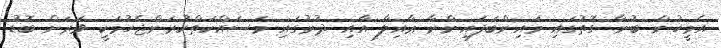
އެމީހުން ބުނާ ގޮތުގައި މައިންބަފައިންނާ ޢާއިލާ އާއި ދުރުގައި މަސައްކަތްކުރަންޖެހުމަކީ ވަރަށް ބޮޑު